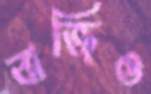
বাজিও